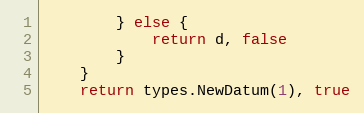
Language: Go
		} else {
			return d, false
		}
	}
	return types.NewDatum(1), true